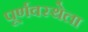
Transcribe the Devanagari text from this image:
पूर्णवस्थेला